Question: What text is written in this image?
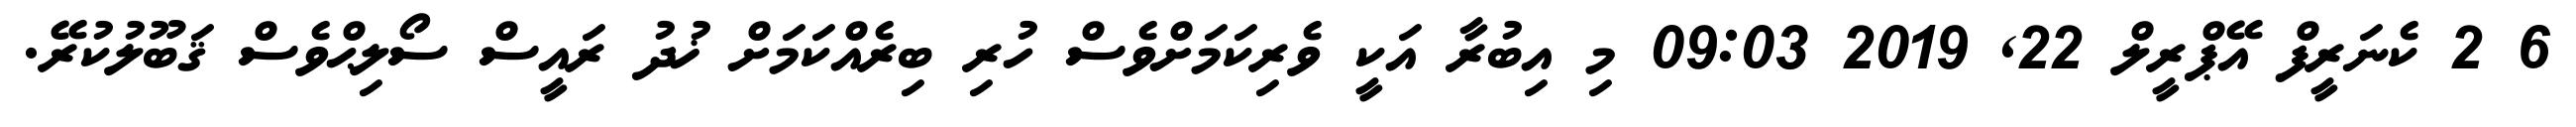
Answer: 6 2 ކެނަރީފް އޭޕްރީލް 22, 2019 09:03 މި އިބުރާ އަކީ ވެރިކަމަށްވެސް ހުރި ބިރެއްކަމަށް ޚުދު ރައީސް ސޯލިޙްވެސް ޤަބޫލުކުރޭ.